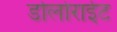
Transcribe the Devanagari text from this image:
डोलोराईट